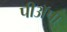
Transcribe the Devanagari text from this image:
पीअॅपा